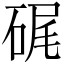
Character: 𥒮